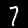
Label: 7